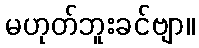
မဟုတ်ဘူးခင်ဗျာ။